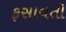
ફસાવતી